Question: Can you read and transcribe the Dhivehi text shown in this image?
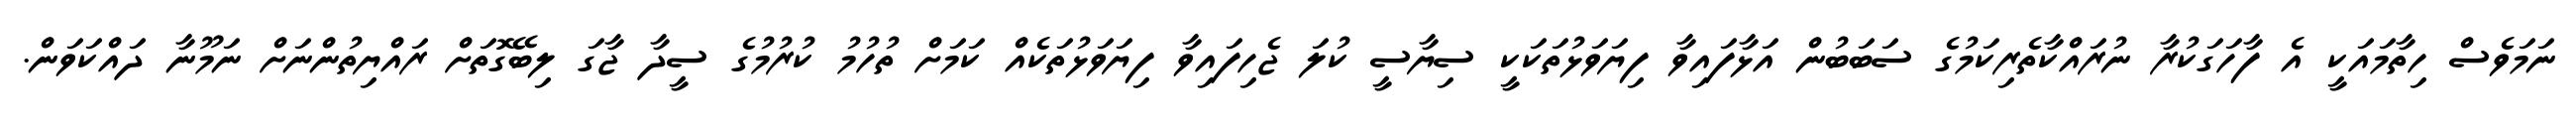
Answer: ނަމަވެސް ހިތާމައަކީ އެ ފާހަގަކުރާ ނުރައްކާތެރިކަމުގެ ސަބަބުން އަޅާފައިވާ ފިޔަވަޅުތަކަކީ ސިޔާސީ ކުލަ ޖެހިފައިވާ ފިޔަވަޅުތަކެއް ކަމަށް ތުހުމު ކުރުމުގެ ސީދާ ޖާގަ ލިބޭގޮތަށް ރައްޔިތުންނަށް ނަމޫނާ ދައްކަވަން.